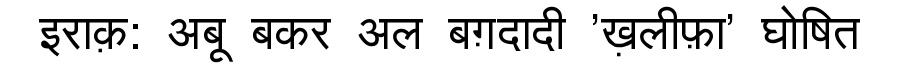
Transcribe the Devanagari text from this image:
इराक़: अबू बकर अल बग़दादी 'ख़लीफ़ा' घोषित